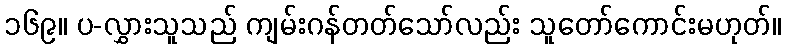
၁၆၉။ ပ-လွှားသူသည် ကျမ်းဂန်တတ်သော်လည်း သူတော်ကောင်းမဟုတ်။